Civil Veterinary Department Bengal reports 1933-51 - 1933-1951
Year: 1933
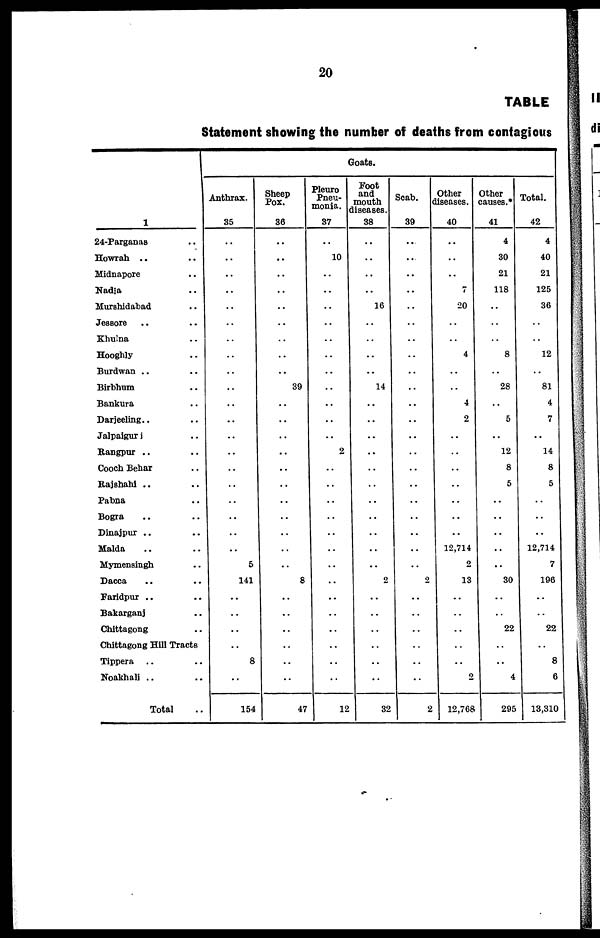
20
TABLE
Statement showing the number of deaths from contagious
1
24-Parganas ..
Howrah .. ..
Midnapore ..
Nadia ..
Murshidabad ..
Jessore .. ..
Khulna ..
Hooghly ..
Burdwan .. ..
Birbhum ..
Bankura ..
Darjeeling .. ..
Jalpaigurj ..
Rangpur .. ..
Cooch Behar ..
Rajshahi .. ..
Pabna ..
Bogra .. ..
Dinajpur .. ..
Malda .. ..
Mymensingh ..
Dacca .. ..
Faridpur .. ..
Bakarganj ..
Chittagong ..
Chittagong Hill Tracts
Tippera .. ..
Noakhali .. ..
Total ..
Goats.
Anthrax.
35
..
..
..
..
..
..
..
..
..
..
..
..
..
..
..
..
..
..
..
..
5
141
..
..
..
..
8
..
154
Sheep
Pox.
36
..
..
..
..
..
..
..
..
..
39
..
..
..
..
..
..
..
..
..
..
..
8
..
..
..
..
..
..
47
Pleuro
Pneu-
monia.
37
..
10
..
..
..
..
..
..
..
..
..
..
..
2
..
..
..
..
..
..
..
..
..
..
..
..
..
..
12
Foot
and
mouth
diseases.
38
..
..
..
..
16
..
..
..
..
14
..
..
..
..
..
..
..
..
..
..
..
2
..
..
..
..
..
..
32
Scab.
39
...
...
..
..
..
..
..
..
..
..
..
..
..
..
..
..
..
..
..
..
..
2
..
..
..
..
..
..
2
Other
diseases.
40
..
..
..
7
20
..
..
4
..
..
4
2
..
..
..
..
..
..
..
12,714
2
13
..
..
..
..
..
2
12,768
Other
causes.*
41
4
30
21
118
..
..
..
8
..
28
..
5
..
12
8
5
..
..
..
..
..
30
..
..
22
..
..
4
295
Total.
42
4
40
21
125
36
..
..
12
..
81
4
7
..
14
8
5
..
..
..
12,714
7
196
..
22
8
6
13,310